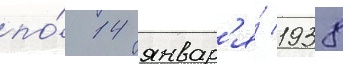
по́ 14 январ'я́ 1938